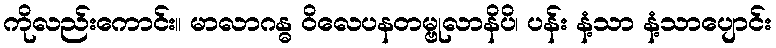
ကိုလည်းကောင်း။ မာလာဂန္ဓ ဝိလေပနတမ္ဗုလာနိပိ၊ ပန်း နံ့သာ နံ့သာပျောင်း